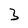
Character: 3